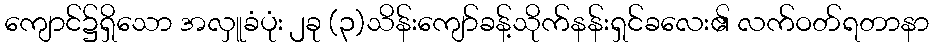
ကျောင်၌ရှိသော အလှူခံပုံး ၂ခု (၃)သိန်းကျော်ခန့်သိုက်နန်းရှင်ခလေး၏ လက်ဝတ်ရတာနာ